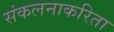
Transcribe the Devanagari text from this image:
संकलनाकरिता